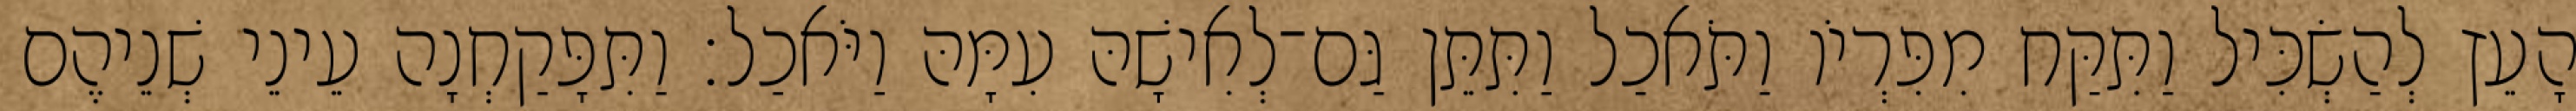
הָעֵץ לְהַשְׂכִּיל וַתִּקַּח מִפִּרְיֹו וַתֹּאכַל וַתִּתֵּן גַּם־לְאִישָׁהּ עִמָּהּ וַיֹּאכַל׃ וַתִּפָּקַחְנָה עֵינֵי שְׁנֵיהֶם